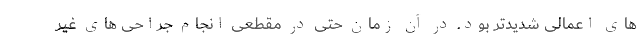
های اعمالی شدیدتر بود. در آن زمان حتی در مقطعی انجام جراحی های غیر